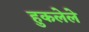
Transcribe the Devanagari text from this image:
हुकलेले